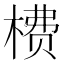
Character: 𬃮